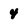
Character: 4